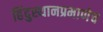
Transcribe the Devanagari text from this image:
हिंदुस्थानप्रमाणेच